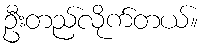
ဦးတည်လိုက်တယ်။